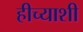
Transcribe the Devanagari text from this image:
हीच्याशी